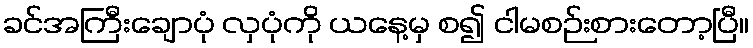
ခင်အကြီးချောပုံ လှပုံကို ယနေ့မှ စ၍ ငါမစဉ်းစားတော့ပြီ။